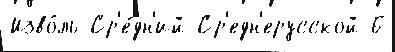
Изво́ль Ср'е́дн'ий Ср'едн'ерусской 6